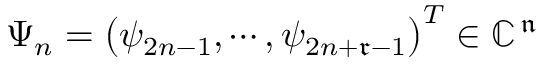
\Psi _ { n } = \left( \psi _ { 2 n - 1 } , \cdots , \psi _ { 2 n + \mathfrak { r } - 1 } \right) ^ { T } \in \mathbb { C } ^ { { \, \mathfrak { n } \, } }